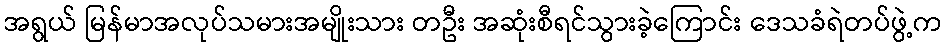
အရွယ် မြန်မာအလုပ်သမားအမျိုးသား တဦး အဆုံးစီရင်သွားခဲ့ကြောင်း ဒေသခံရဲတပ်ဖွဲ့က